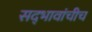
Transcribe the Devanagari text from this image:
सद्‍भावांचीच